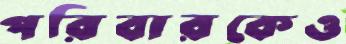
পরিবারকেও